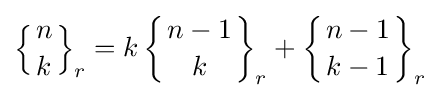
\left\{{n \atop k}\right\}_{r}=k\left\{{n-1 \atop k}\right\}_{r}+\left\{{n-1 \atop k-1}\right\}_{r}